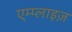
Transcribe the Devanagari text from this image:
एम्प्लाइज़